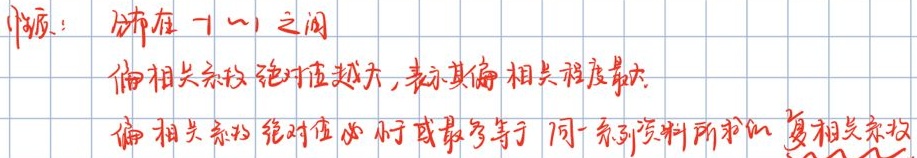
性质：分布在 -1 ~ 1 之间
偏相关系数绝对值越大，表示其偏相关程度最大
偏相关系数的绝对值必小于或最多等于同一系列资料所求出复相关系数